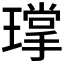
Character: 𮴴